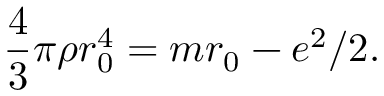
\frac 4 3 \pi \rho r _ { 0 } ^ { 4 } = m r _ { 0 } - e ^ { 2 } / 2 .